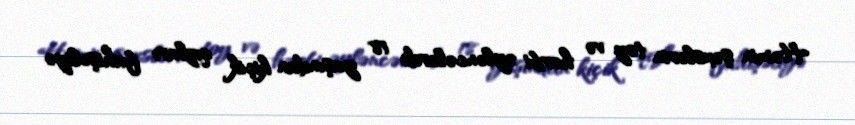
Həmin şəxslərin toy və hərbi əyləncələrdə 18 yaşından kiçik qızları fahişəliyə